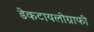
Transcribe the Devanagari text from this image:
डेकटायलोग्राफी